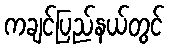
ကချင်ပြည်နယ်တွင်